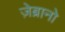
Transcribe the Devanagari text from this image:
ज़ेब्रानो